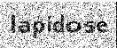
lapidose